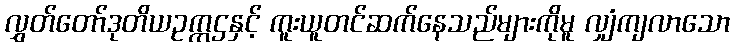
လွှတ်တော်ဒုတိယဥက္ကဌနှင့် ကူးယူတင်ဆက်နေသည်များကိုမူ လျှံကျလာသော